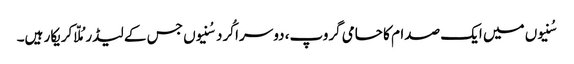
سُنیوں میں ایک صدام کا حامی گروپ، دوسرا کُرد سُنیوں جس کے لیڈرمُلّا کریکار ہیں۔